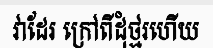
វាដែរ ក្រៅពីដុំថ្មរហើយ